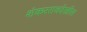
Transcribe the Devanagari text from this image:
शंकररावदेखील